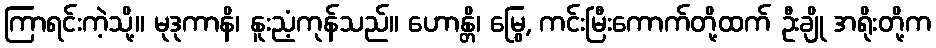
ကြာရင်းကဲ့သို့။ မုဒုကာနိ၊ နူးညံ့ကုန်သည်။ ဟောန္တိ၊ မြွေ, ကင်းမြီးကောက်တို့ထက် ဦးချို အရိုးတို့က